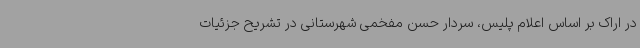
در اراک بر اساس اعلام پلیس، سردار حسن مفخمی شهرستانی در تشریح جزئیات